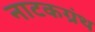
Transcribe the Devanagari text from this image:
नाटकग्रंथ